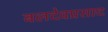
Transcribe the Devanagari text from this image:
बलदेवप्रसाद